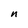
Character: n